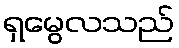
ရှမွေလသည်